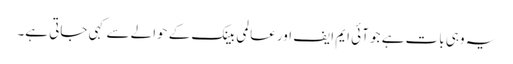
یہ وہی بات ہے جو آئی ایم ایف اور عالمی بینک کے حوالے سے کہی جاتی ہے۔